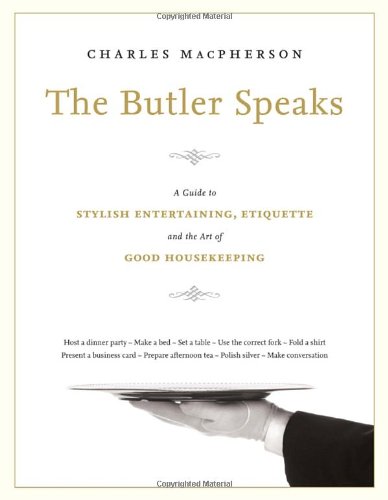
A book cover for The Butler Speaks: A Return to Proper Etiquette, Stylish Entertaining, and the Art of Good Housekeeping; Charles MacPherson; Reference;